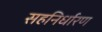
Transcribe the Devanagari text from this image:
सहनिर्धारण